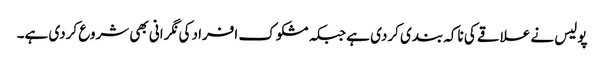
پولیس نے علاقے کی ناکہ بندی کردی ہے جبکہ مشکوک افراد کی نگرانی بھی شروع کردی ہے۔